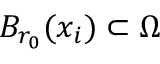
B _ { r _ { 0 } } ( x _ { i } ) \subset \Omega